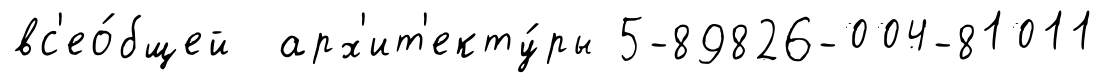
вс'ео́бщей арх'ит'екту́ры 5-89826-004-81011